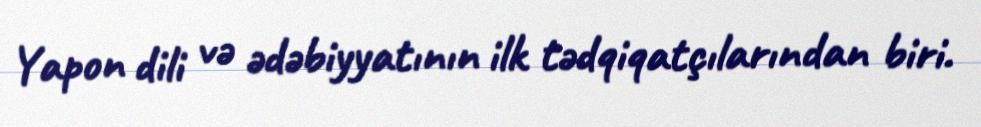
Yapon dili və ədəbiyyatının ilk tədqiqatçılarından biri.